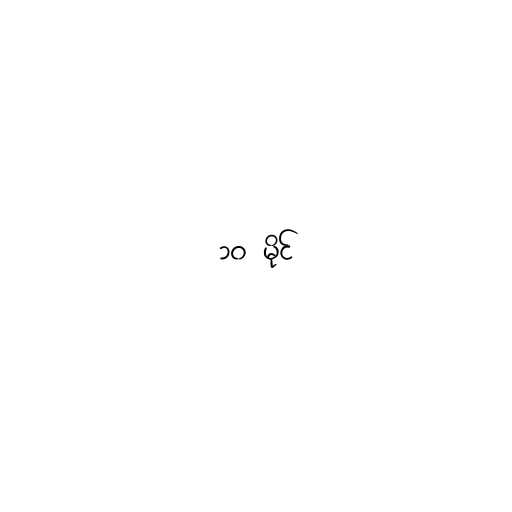
၁၀ မိုင်